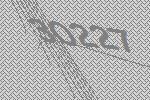
30227